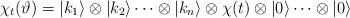
LaTeX: \begin{align*}\chi_t(\vartheta)=|k_1\rangle\otimes |k_2\rangle\cdots\otimes|k_n\rangle\otimes \chi(t)\otimes |0\rangle \cdots\otimes|0\rangle\end{align*}